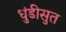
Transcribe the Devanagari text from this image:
धुंडीसुत